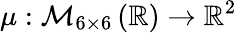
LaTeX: \mu:\mathcal{M}_{6\times 6}\left(\mathbb{R}\right)\to\mathbb{R}^{2}